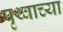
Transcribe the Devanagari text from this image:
पृथ्वाच्या